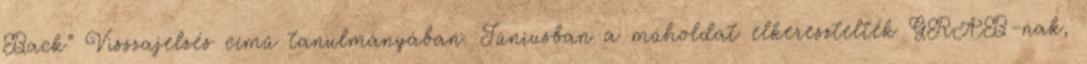
Back” Visszajelzés című tanulmányában. Júniusban a műholdat elkeresztelték GRAB-nak,